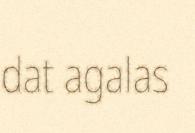
dat agalas